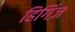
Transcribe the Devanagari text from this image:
हिगिंज़